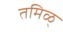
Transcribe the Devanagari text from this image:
तमिळ्